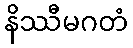
နိဿီမဂတံ